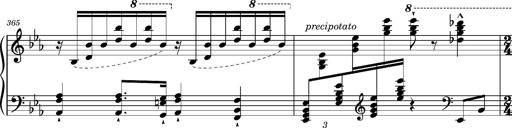
Title: Magyar rapszÃ³diÃ¡k
Composer: Franz Liszt